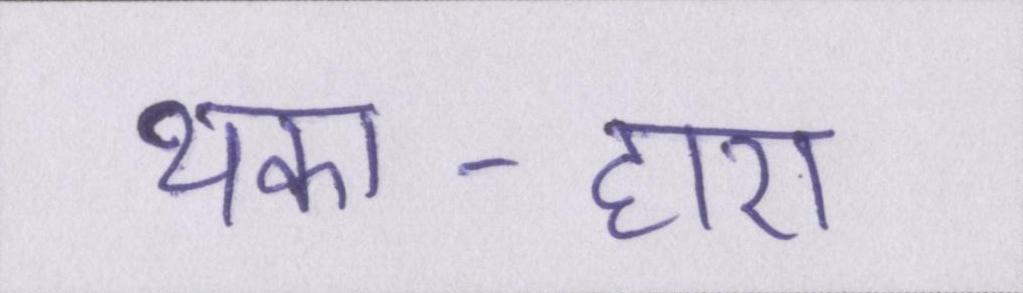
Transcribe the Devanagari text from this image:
थका-हारा